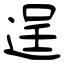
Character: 逞